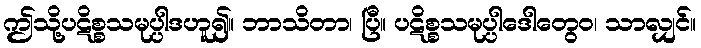
ဤသို့ပဋိစ္စသမုပ္ပါဒဟူ၍။ ဘာသိတာ၊ ပြီ။ ပဋိစ္စသမုပ္ပါဒေါတွေဝ၊ သာလျှင်။